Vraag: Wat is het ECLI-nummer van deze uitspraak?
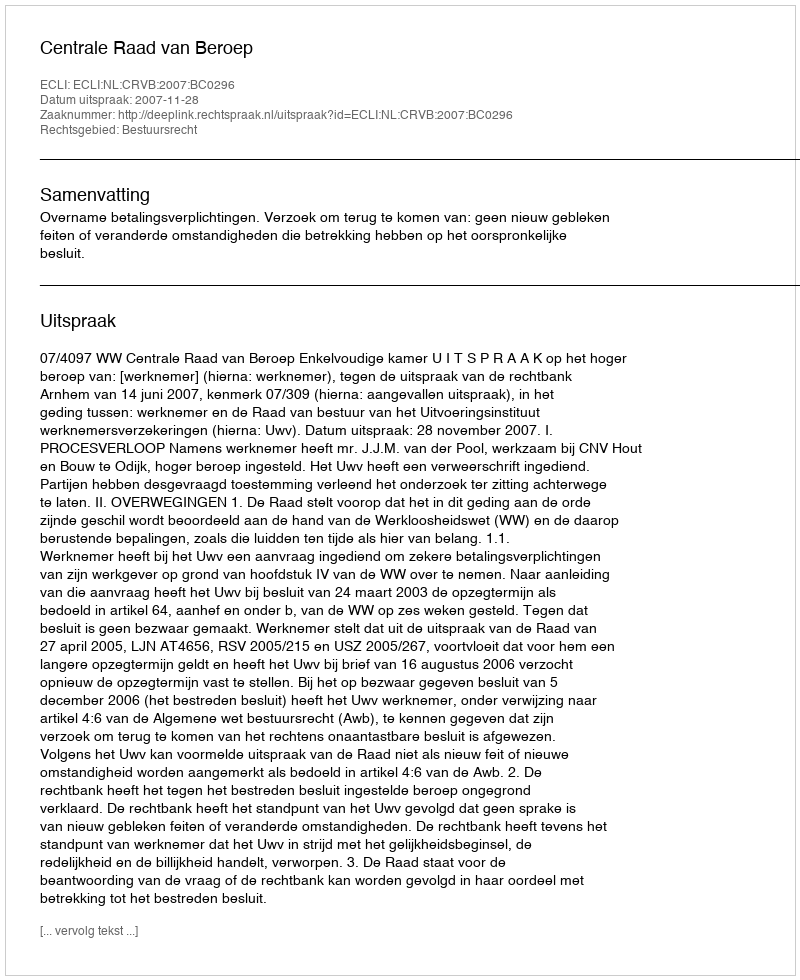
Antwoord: ECLI:NL:CRVB:2007:BC0296